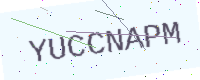
Text: YUCCNAPM